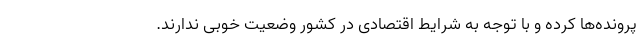
پرونده‌ها کرده و با توجه به شرایط اقتصادی در کشور وضعیت خوبی ندارند.